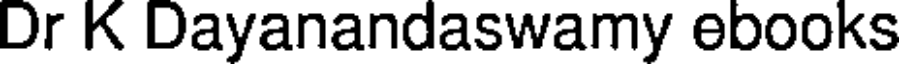
Dr K Dayanandaswamy ebooks